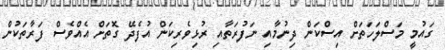
ގައުމީ މަަސްލަހަތަށް އިސްކަން ދިނުމާއި ނަފުރަތާއި ރުޅިވެރިކަން އުފެދޭ ގޮތަށް އެއްވެސް ފަރާތަކުން